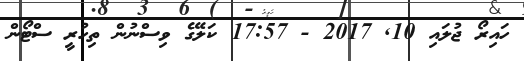
ހައިރޯ ޖުލައި 10